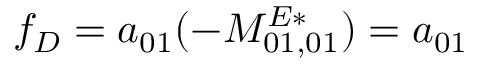
f _ { D } = a _ { 0 1 } ( - M _ { 0 1 , 0 1 } ^ { E * } ) = a _ { 0 1 }